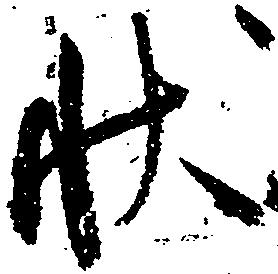
状